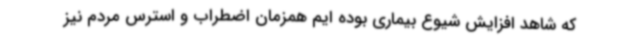
که شاهد افزایش شیوع بیماری بوده ایم همزمان اضطراب و استرس مردم نیز